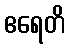
ဧရေတိ